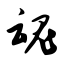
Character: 魂